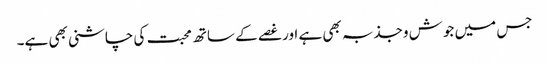
جس میں جوش وجذبہ بھی ہے اور غصے کے ساتھ محبت کی چاشنی بھی ہے۔